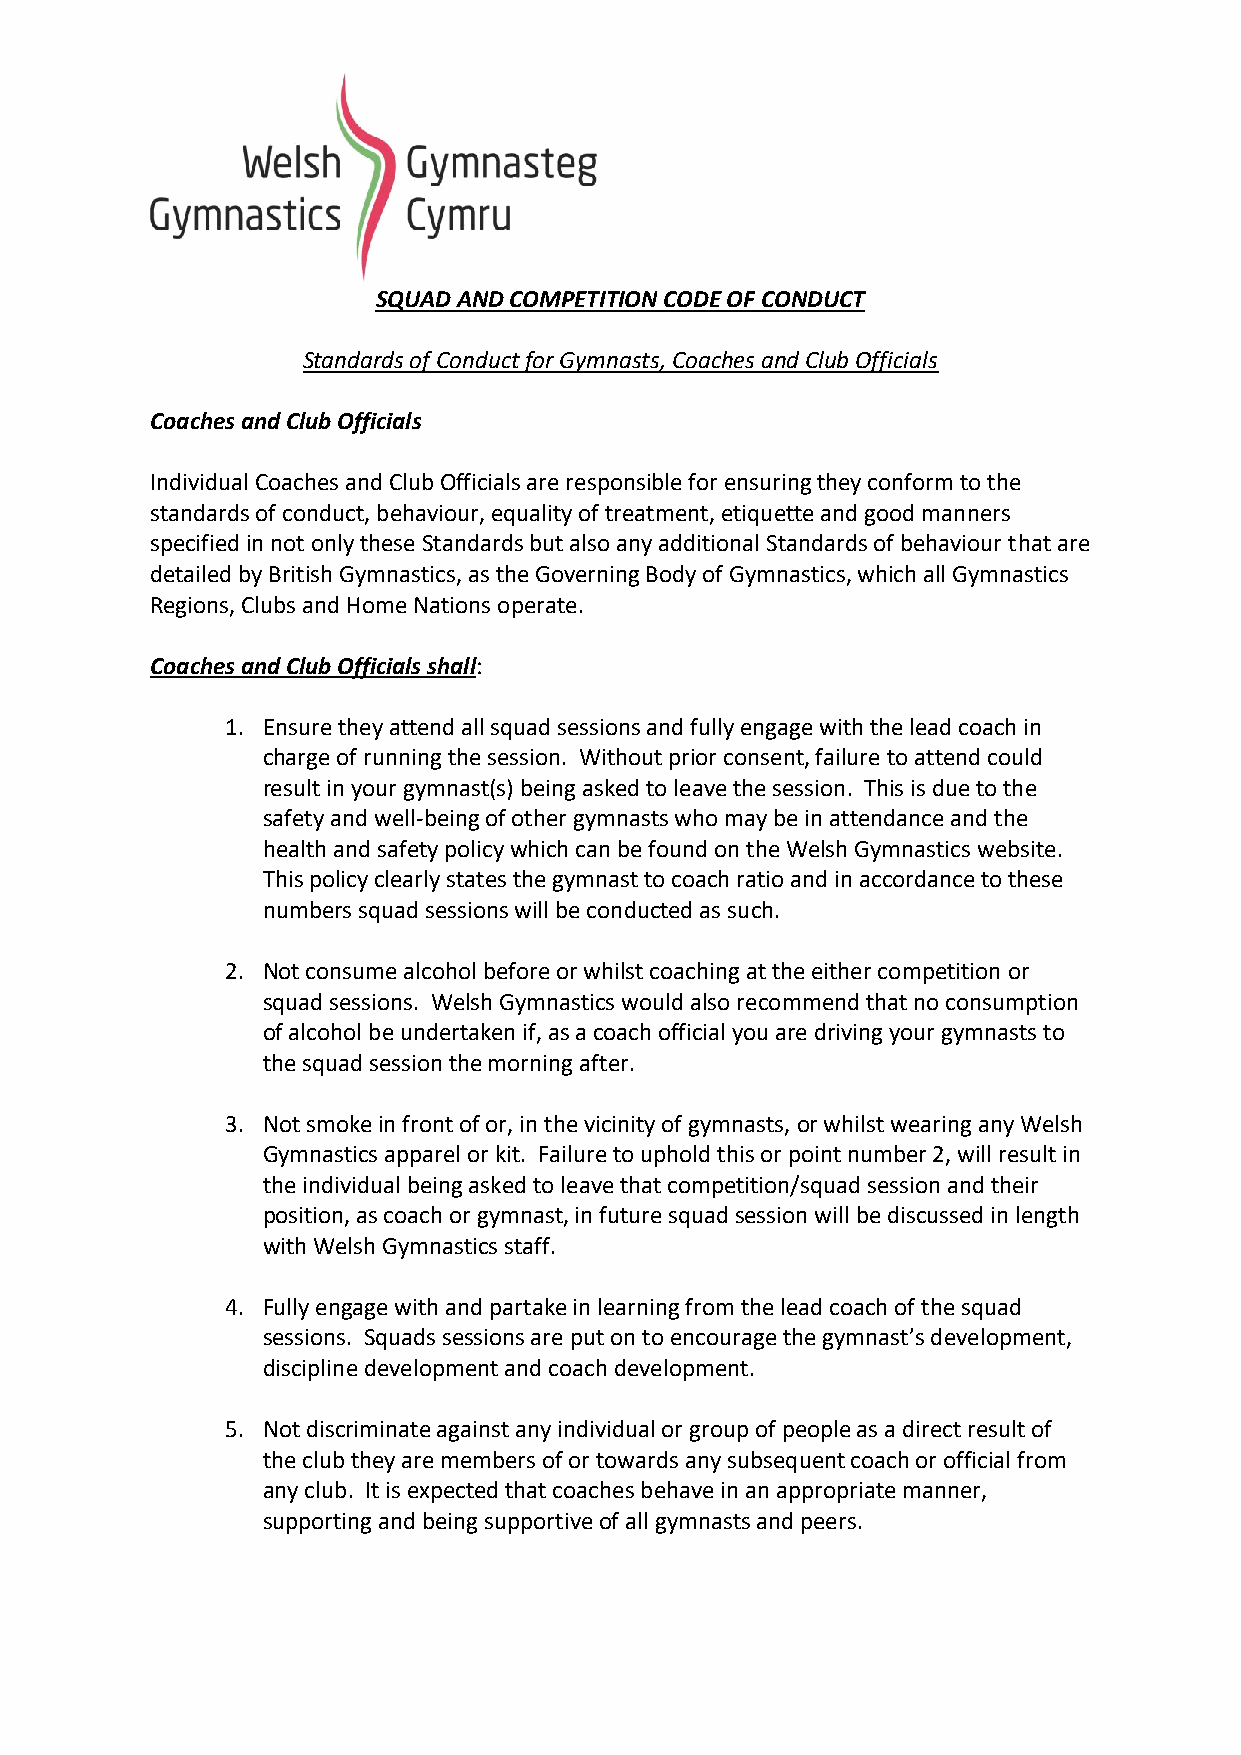
SQUAD AND COMPETITION CODE OF CONDUCT
 Standards of Conduct for Gymnasts, Coaches and Club Officials
 Coaches and Club Officials
 Individual Coaches and Club Officials are responsible for ensuring they conform to the
 standards of conduct, behaviour, equality of treatment, etiquette and good manners
 specified in not only these Standards but also any additional Standards of behaviour that are
 detailed by British Gymnastics, as the Governing Body of Gymnastics, which all Gymnastics
 Regions, Clubs and Home Nations operate.
 Coaches and Club Officials shall:
 1. Ensure they attend all squad sessions and fully engage with the lead coach in
 charge of running the session. Without prior consent, failure to attend could
 result in your gymnast(s) being asked to leave the session. This is due to the
 safety and well-being of other gymnasts who may be in attendance and the
 health and safety policy which can be found on the Welsh Gymnastics website.
 This policy clearly states the gymnast to coach ratio and in accordance to these
 numbers squad sessions will be conducted as such.
 2. Not consume alcohol before or whilst coaching at the either competition or
 squad sessions. Welsh Gymnastics would also recommend that no consumption
 of alcohol be undertaken if, as a coach official you are driving your gymnasts to
 the squad session the morning after.
 3. Not smoke in front of or, in the vicinity of gymnasts, or whilst wearing any Welsh
 Gymnastics apparel or kit. Failure to uphold this or point number 2, will result in
 the individual being asked to leave that competition/squad session and their
 position, as coach or gymnast, in future squad session will be discussed in length
 with Welsh Gymnastics staff.
 4. Fully engage with and partake in learning from the lead coach of the squad
 sessions. Squads sessions are put on to encourage the gymnast’s development,
 discipline development and coach development.
 5. Not discriminate against any individual or group of people as a direct result of
 the club they are members of or towards any subsequent coach or official from
 any club. It is expected that coaches behave in an appropriate manner,
 supporting and being supportive of all gymnasts and peers.